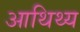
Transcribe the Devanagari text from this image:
आथिथ्य